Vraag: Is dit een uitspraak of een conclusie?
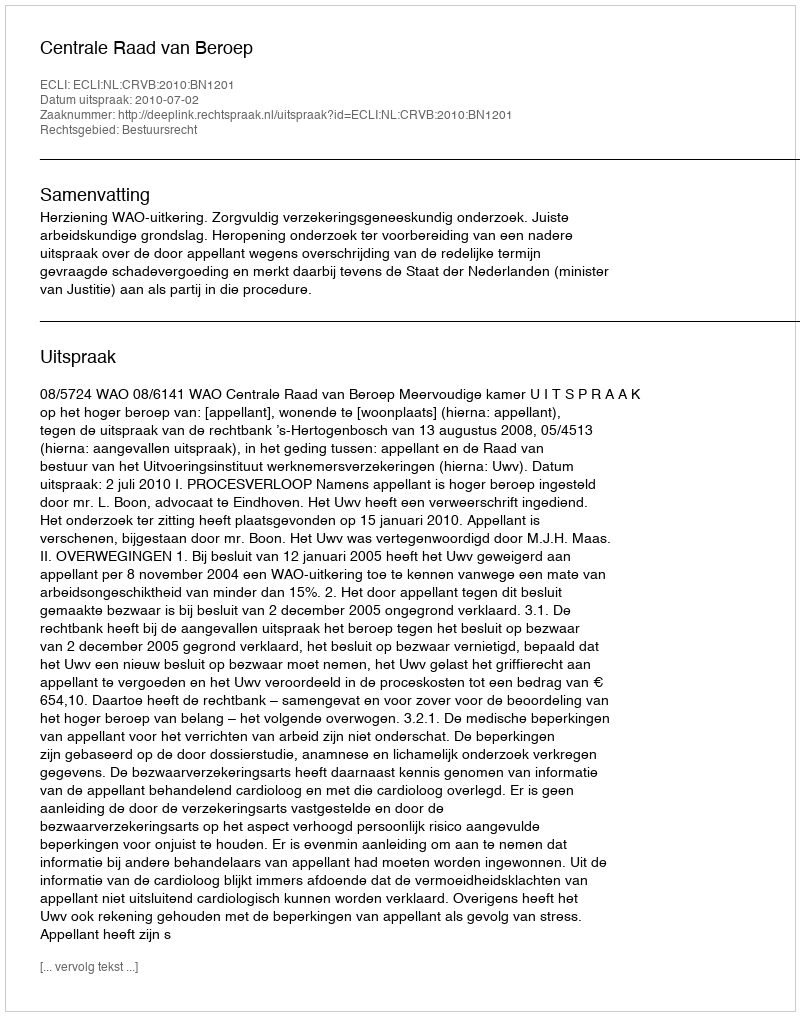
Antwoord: Uitspraak